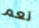
نعم